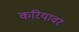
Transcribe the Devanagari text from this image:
करियावर